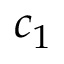
c _ { 1 }